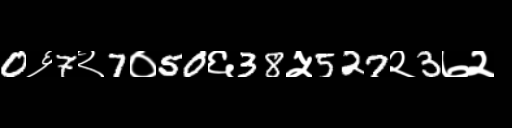
Text: 0६7२7०50६38५527२3७२